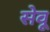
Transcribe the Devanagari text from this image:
सेवू